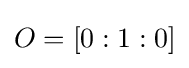
O=[0:1:0]